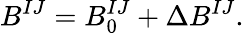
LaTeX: B^{IJ}=B_{0}^{IJ}+\Delta B^{IJ}.